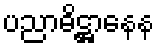
ပညာဓိဋ္ဌာနေန